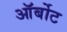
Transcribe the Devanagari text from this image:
ऑर्बोट